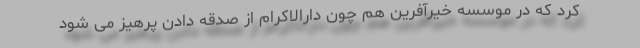
کرد که در موسسه خیرآفرین هم چون دارالاکرام از صدقه دادن پرهیز می شود